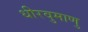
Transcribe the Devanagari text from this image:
धीरवुमाणु